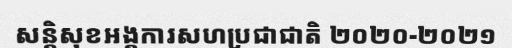
សន្តិសុខអង្គការសហប្រជាជាតិ ២០២០-២០២១